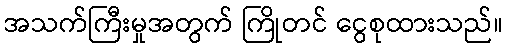
အသက်ကြီးမှုအတွက် ကြိုတင် ငွေစုထားသည်။